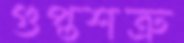
গুপ্তশত্রু